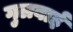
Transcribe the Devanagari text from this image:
गुलबाई